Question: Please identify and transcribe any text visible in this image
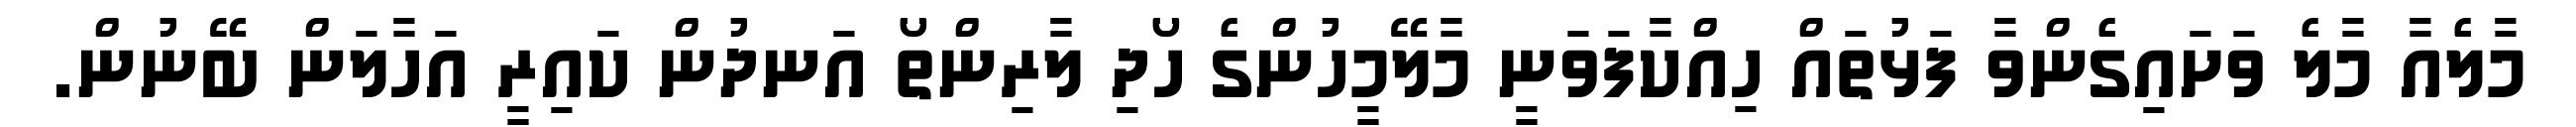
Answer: މާލެއާ މާލެ ވަށައިގެންވާ ފަޅުތައް ހިއްކާފަވަނީ މާލޭމީހުންގެ ހޯދި ލާރިންތޯ އަނދުން ކައިރީ އަހާލަން ބޭނުން.